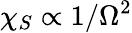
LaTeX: \chi_{S}\propto 1/\Omega^{2}